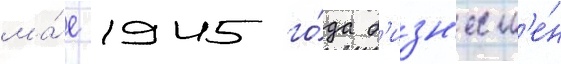
ма́е 1945 го́да б'изн'есм'е́н